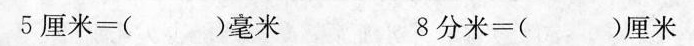
5厘米 = （ ）毫米 8分米=（ ）厘米